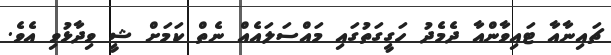
ޗައިނާއާ ޓައިވާންއާ ދެމެދު ހަގީގަތުގައި މައްސަލައެއް ނެތް ކަމަށް ޝީ ވިދާޅުވި އެވެ.